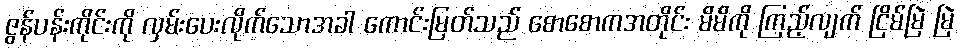
ဇွန်ပန်းကိုင်းကို လှမ်းပေးလိုက်သောအခါ ကောင်းမြတ်သည် စောစောကအတိုင်း မိမိကို ကြည့်လျက် ငြိမ်မြဲ မြဲ